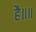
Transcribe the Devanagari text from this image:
है॥॥